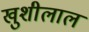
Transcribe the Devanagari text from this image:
खुशीलाल